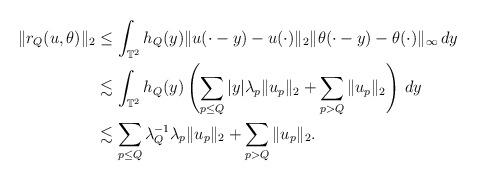
LaTeX: \begin{align*}\|r_Q(u,\theta)\|_2&\leq \int_{\mathbb T^2}h_Q(y)\|u(\cdot-y)-u(\cdot)\|_2\|\theta(\cdot-y)-\theta(\cdot)\|_\infty\,dy\\&\lesssim \int_{\mathbb T^2}h_Q(y)\left( \sum_{p\leq Q}|y|\lambda_p\|u_p\|_2+\sum_{p> Q}\|u_p\|_2 \right)\, dy\\&\lesssim \sum_{p\leq Q}\lambda_Q^{-1}\lambda_p\|u_p\|_2+\sum_{p> Q}\|u_p\|_2.\end{align*}